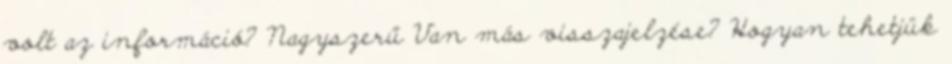
volt az információ? Nagyszerű Van más visszajelzése? Hogyan tehetjük